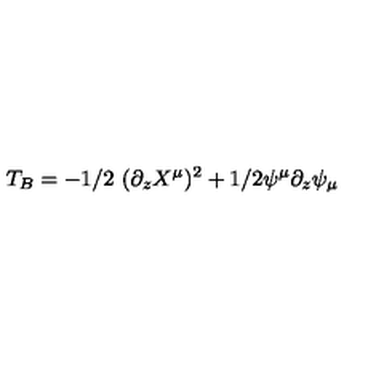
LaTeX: T _ { B } = - 1 / 2 \ ( \partial _ { z } X ^ { \mu } ) ^ { 2 } + 1 / 2 \psi ^ { \mu } \partial _ { z } \psi _ { \mu }